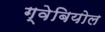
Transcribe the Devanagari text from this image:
ग्वेबियोल